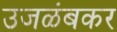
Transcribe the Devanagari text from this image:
उजळंबकर